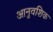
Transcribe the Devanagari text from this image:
आनुवशिक